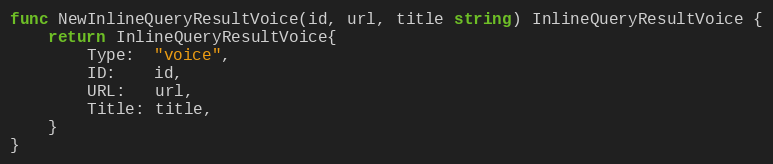
Language: Go
func NewInlineQueryResultVoice(id, url, title string) InlineQueryResultVoice {
	return InlineQueryResultVoice{
		Type:  "voice",
		ID:    id,
		URL:   url,
		Title: title,
	}
}